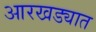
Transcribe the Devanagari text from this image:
आरखड्यात